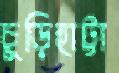
চুড়িহাট্টা